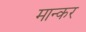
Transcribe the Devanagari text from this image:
मान्कर